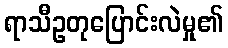
ရာသီဥတုပြောင်းလဲမှု၏